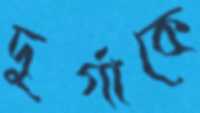
দুর্গাকে